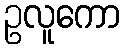
ဥလူကော